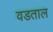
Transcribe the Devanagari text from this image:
वडताल